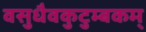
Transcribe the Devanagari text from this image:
वसुधैवकुटुम्बकम्